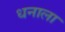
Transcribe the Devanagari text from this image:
धनाला